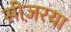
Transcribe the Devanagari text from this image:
सीज़रया